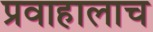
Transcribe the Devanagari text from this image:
प्रवाहालाच